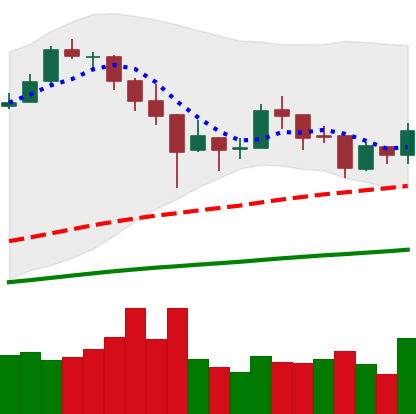
Ticker: BTC-USD
Chart end date: 2018-01-02
Forward return: 9.982%
Label: up_7plus